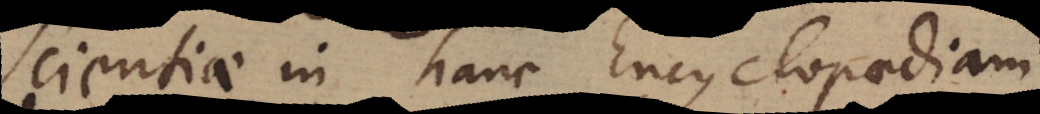
Scientiae in hanc Encyclopaediam